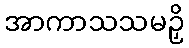
အာကာသသမဉှိ